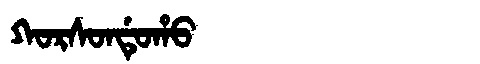
Manchu: ᡴᠣᡵᠰᠣᠨᡩᡠᡥᠣ
Romanization: KORSONDUHO